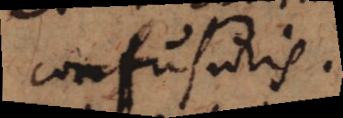
confusuris.